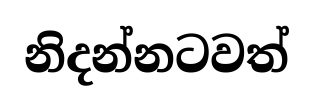
නිදන්නටවත්